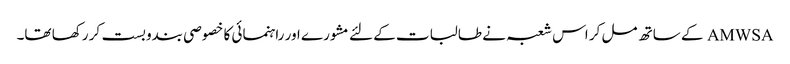
AMWSA کے ساتھ مل کر اس شعبہ نے طالبات کے لئے مشورے اور راہنمائی کا خصوصی بندوبست کر رکھا تھا۔